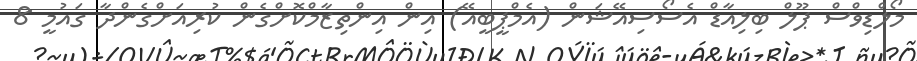
މޯލްޑިވްސް ޕޫލް ބިލިއާޑް އެސޯސިއޭޝަން (އެމްޕީބީއޭ) އިން އިންތިޒާމްކޮށްގެން ކުރިއަށްގެންދާ ގައުމީ 8